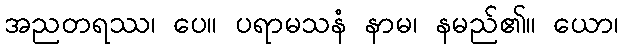
အညတရဿ၊ ပေ။ ပရာမသနံ နာမ၊ နမည်၏။ ယော၊